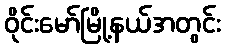
ဝိုင်းမော်မြို့နယ်အတွင်း